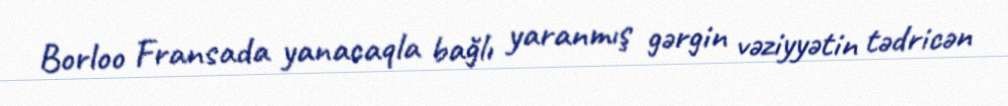
Borloo Fransada yanacaqla bağlı yaranmış gərgin vəziyyətin tədricən